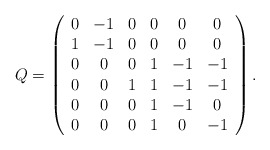
\begin{align*}Q=\left(\begin{array}{ccccccr}0&-1&0&0&0&0 \\1&-1&0&0&0&0 \\0&0&0&1&-1&-1 \\0&0&1&1&-1&-1 \\0&0&0&1&-1&0 \\0&0&0&1&0&-1\end{array}\right) .\end{align*}